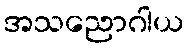
အသညောဂါယ